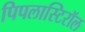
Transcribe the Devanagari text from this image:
पिपलास्टिरॉल